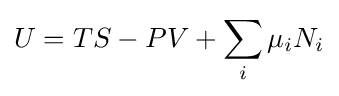
U=TS-PV+\sum _{i}\mu _{i}N_{i}